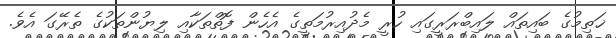
ޚަތިމުގެ ބައިތައް ލައިބްރަރީގައި ހުރީ މެދުއިރުމަތީގެ އެހެން ފޮތްތަކާއި ލިޔުންތަކުގެ ތެރޭގަ އެވެ.